Civil Veterinary Dept. Bombay admin report 1923-31 - 1923-1931
Year: 1923
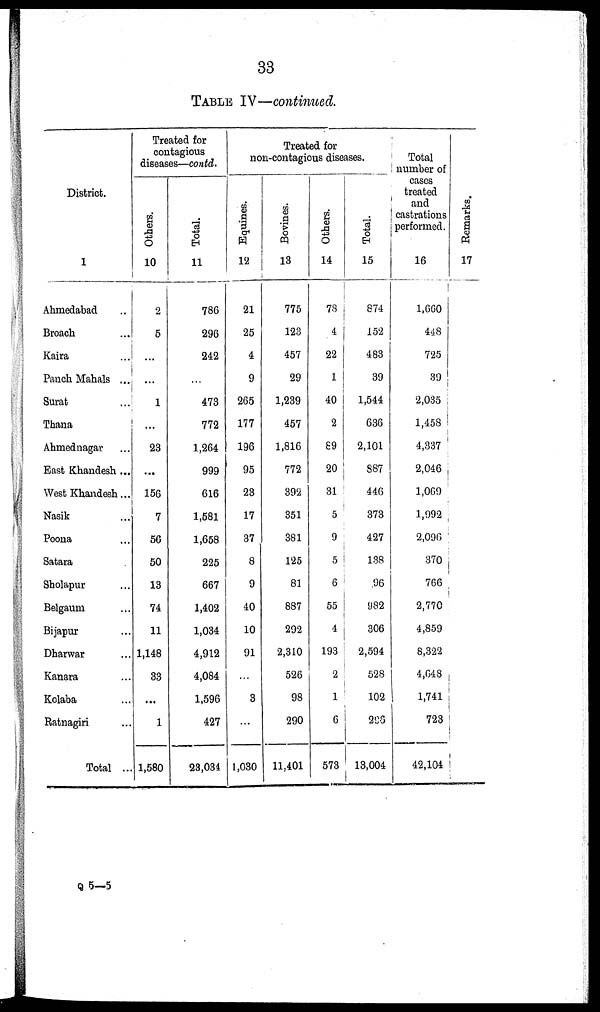
33
TABLE IV—continued.
District.
1
Ahmedabad ..
Broach ...
Kaira ...
Panch Mahals ...
Surat ...
Thana ...
Ahmednagar ...
East Khandesh ...
West Khandesh...
Nasik ...
Poona ...
Satara ...
Sholapur ...
Belgaum ...
Bijapur ...
Dharwar ...
Kanara ...
Kolaba ...
Ratnagiri ...
Total ...
Treated for
contagious
diseases—contd.
Others.
10
2
5
...
...
1
...
23
...
156
7
56
50
13
74
11
1,148
33
...
1
1,580
Total.
11
786
296
242
...
473
772
1,264
999
616
1,581
1,658
225
667
1,402
1,034
4,912
4,084
1,596
427
23,034
Treated for
non-contagious diseases.
Equines.
12
21
25
4
9
265
177
196
95
23
17
37
8
9
40
10
91
...
3
...
1,030
Bovines.
13
775
123
457
29
1,239
457
1,816
772
392
351
381
125
81
887
292
2,310
526
98
290
11,401
Others.
14
78
4
22
1
40
2
69
20
31
5
9
5
6
55
4
193
2
1
6
573
Total.
15
874
152
483
39
1,544
636
2,101
887
446
373
427
138
96
982
306
2,594
528
102
208
13,004
Total
number of
cases
treated
and
castrations
performed.
16
1,660
448
725
39
2,035
1,458
4,337
2,046
1,069
1,992
2,096
370
766
2,770
4,859
8,322
4,648
1,741
723
42,104
Re ma r
ks .
17
Q 5—5